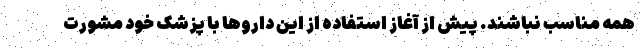
همه مناسب نباشند. پیش از آغاز استفاده از این داروها با پزشک خود مشورت